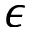
\epsilon